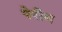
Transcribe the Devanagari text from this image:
पेरीम